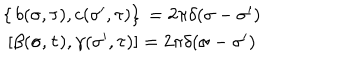
\begin{array} { c c } { { \left\{ \, b ( \sigma , \tau ) , c ( { \sigma } ^ { \prime } , \tau ) \right\} \, = 2 \pi \delta ( \sigma - { \sigma } ^ { \prime } ) } } & { { } } \\ { { \left[ \beta ( \sigma , \tau ) , \gamma ( { \sigma } ^ { \prime } , \tau ) \right] = 2 \pi \delta ( \sigma - { \sigma } ^ { \prime } ) } } & { { } } \\ \end{array}